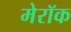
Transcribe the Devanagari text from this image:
मेरॉक